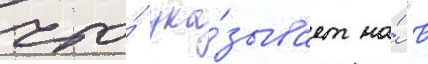
что́ ука́зывает на́ "в